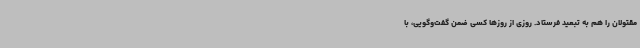
مقتولان را هم به تبعید فرستاد. روزی از روزها کسی ضمن گفت‌وگویی، با